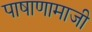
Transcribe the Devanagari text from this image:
पाषाणामाजी